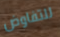
للتفاوض